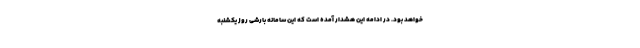
خواهد بود. در ادامه این هشدار آمده است که این سامانه بارشی روز یکشنبه